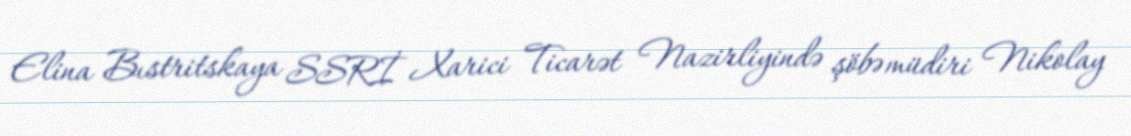
Elina Bıstritskaya SSRİ Xarici Ticarət Nazirliyində şöbə müdiri Nikolay